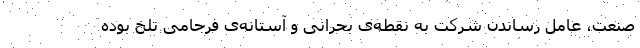
صنعت، عامل رساندن شرکت به نقطه‌ی بحرانی و آستانه‌ی فرجامیِ تلخ بوده